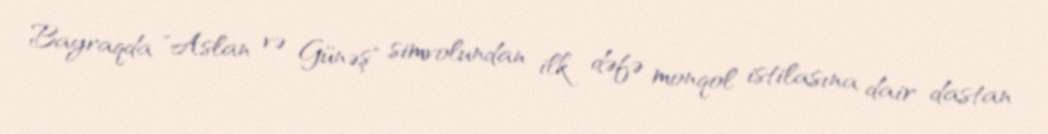
Bayraqda "Aslan və Günəş" simvolundan ilk dəfə monqol istilasına dair dastan